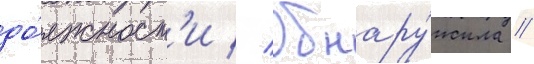
до́лжност'и // Обнару́жила /